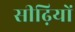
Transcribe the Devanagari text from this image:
सीढ़ियों